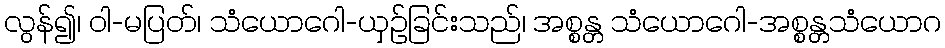
လွန်၍၊ ဝါ-မပြတ်၊ သံယောဂေါ-ယှဉ်ခြင်းသည်၊ အစ္စန္တ သံယောဂေါ-အစ္စန္တသံယောဂ